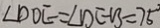
\angle D O E = \angle D E B = 7 5 ^ { \circ }